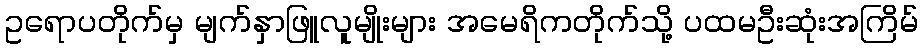
ဥရောပတိုက်မှ မျက်နှာဖြူလူမျိုးများ အမေရိကတိုက်သို့ ပထမဦးဆုံးအကြိမ်